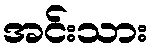
အင်းသား